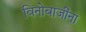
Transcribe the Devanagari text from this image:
विनोबाजींना